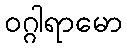
ဝဂ္ဂါရာမော